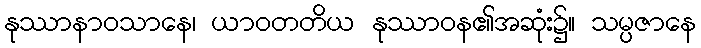
နုဿာနာဝသာနေ၊ ယာဝတတိယ နုဿာဝန၏အဆုံး၌။ သမ္ပဇာနေ